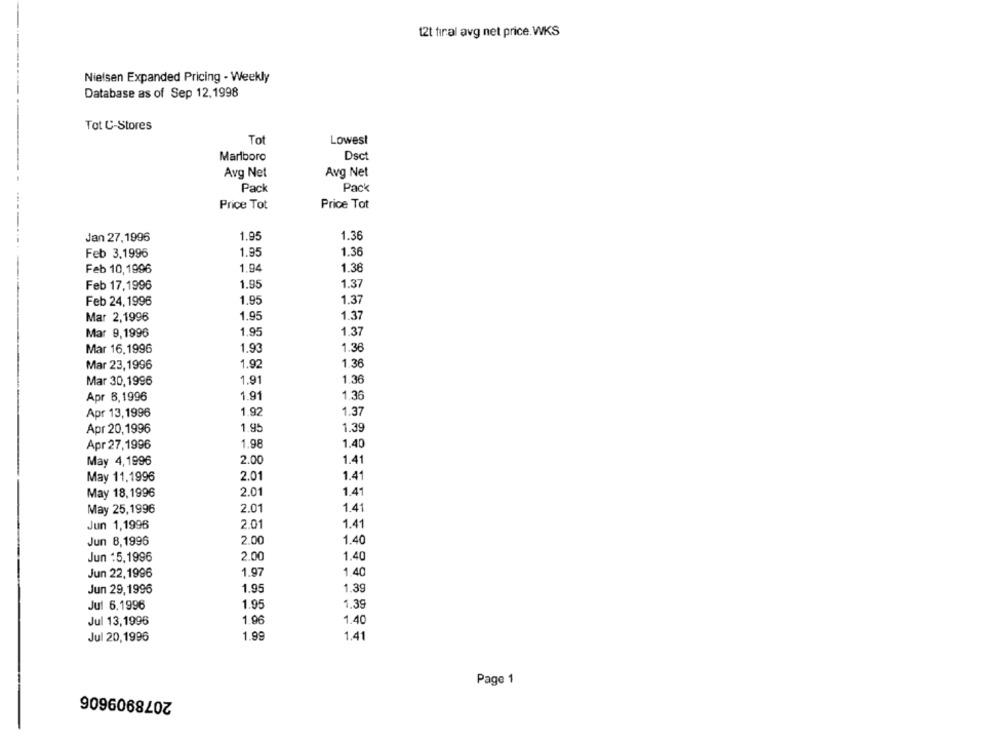
12t final avg net price. WKS
Nielsen Expanded Pricing - Weekly
Database as of Sep 12,1998
Tot C-Stores
Tot
Lowest
Dsct
Marlboro
Avg Net
Avg Net
Pack
Pack
Price Tot
Price Tot
Jan 27,1996
1.95
1.36
1.95
1.36
Feb 3.1996
1.94
1.38
Feb 10, 1996
1.37
Feb 17,1996
1.95
Feb 24, 1996
1.95
1.37
Mar 2,1996
1.95
1.37
Mar 9,1996
1.95
1.37
Mar 16.1996
1.93
1.36
1.92
1.36
Mar 23,1996
Mar 30,1996
1.91
1.36
Apr 8,1996
1.91
1.36
Apr 13,1996
1.92
1.37
Apr 20,1996
1.95
1.39
Apr 27,1996
1.98
1.40
May 4, 1996
2.00
1.41
1.41
May 11.1996
2.01
May 18, 1996
2.01
1.41
May 25,1996
2.01
1.41
Jun 1,1996
2.01
1.41
Jun 8,1996
2.00
1.40
2.00
1.40
Jun :5,1996
1.97
1.40
Jun 22,1996
Jun 29,1996
1.95
1.39
Jul 6.1996
1.95
1,39
Jul 13,1996
1.96
1.40
Jul 20,1996
1.99
1.41
Page 1
2078909606